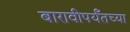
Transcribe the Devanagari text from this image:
बारावीपर्यँतच्या